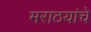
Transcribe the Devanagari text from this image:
मराठयांचे